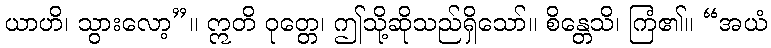
ယာဟိ၊ သွားလော့”။ ဣတိ ဝုတ္တေ၊ ဤသို့ဆိုသည်ရှိသော်။ စိန္တေသိ၊ ကြံ၏။ “အယံ